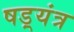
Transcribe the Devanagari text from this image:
षड़्यंत्र